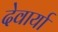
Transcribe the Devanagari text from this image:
देवार्या